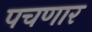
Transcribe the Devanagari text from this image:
पचणार